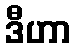
ဒီဟာ